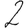
Digit: 2